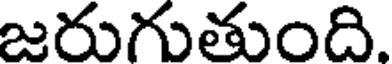
జరుగుతుంది.